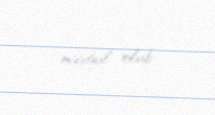
məşğul olub.